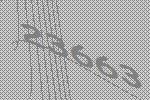
23663